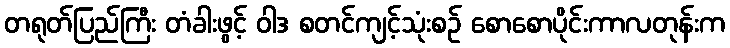
တရုတ်ပြည်ကြီး တံခါးဖွင့် ဝါဒ စတင်ကျင့်သုံးစဉ် စောစောပိုင်းကာလတုန်းက